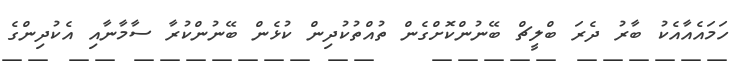
ހަމައެއާއެކު ބާރު ދެރަ ބްލީޗް ބޭނުންކޮށްގެން ތުއްތުކުދިން ކުޅެން ބޭނުންކުރާ ސާމާނާއި އެކުދިންގެ